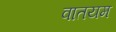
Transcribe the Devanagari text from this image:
वातयम